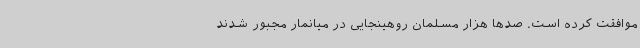
موافقت کرده است. صدها هزار مسلمان روهینجایی در میانمار مجبور شدند